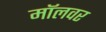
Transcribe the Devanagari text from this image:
मॉलवर